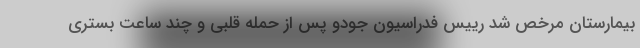
بیمارستان مرخص شد رییس فدراسیون جودو پس از حمله قلبی و چند ساعت بستری